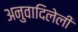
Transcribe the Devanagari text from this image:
अनुवादिलेली